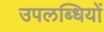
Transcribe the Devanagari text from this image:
उपलब्‍धियों